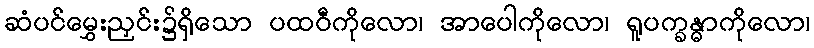
ဆံပင်မွှေးညှင်း၌ရှိသော ပထဝီကိုလော၊ အာပေါကိုလော၊ ရူပက္ခန္ဓာကိုလော၊